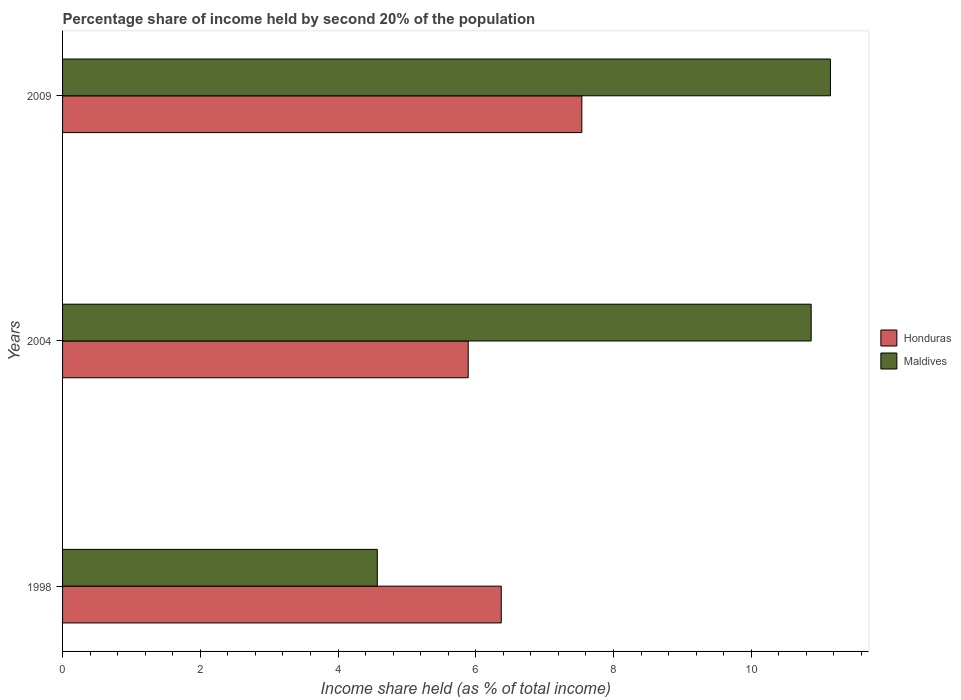
| Years | Honduras | Maldives |
 | --- | --- | --- |
 | 1998 | 6.37 | 4.57 |
 | 2004 | 5.89 | 10.9 |
 | 2009 | 7.54 | 11.2 |